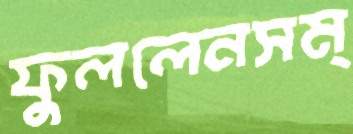
ফুললেনসম্